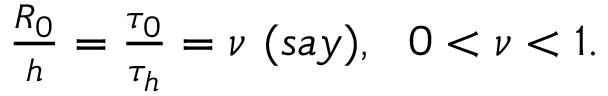
\begin{array} { r } { \frac { R _ { 0 } } { h } = \frac { \tau _ { 0 } } { \tau _ { h } } = \nu ~ ( s a y ) , ~ ~ 0 < \nu < 1 . ~ ~ ~ ~ ~ ~ ~ ~ ~ ~ ~ ~ } \end{array}